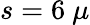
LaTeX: s=6~\mu